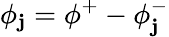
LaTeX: \phi_{\mathbf{j}}=\phi^{+}-\phi_{\mathbf{j}}^{-}